Annual report of the Prince of Wales Medical College, Patna
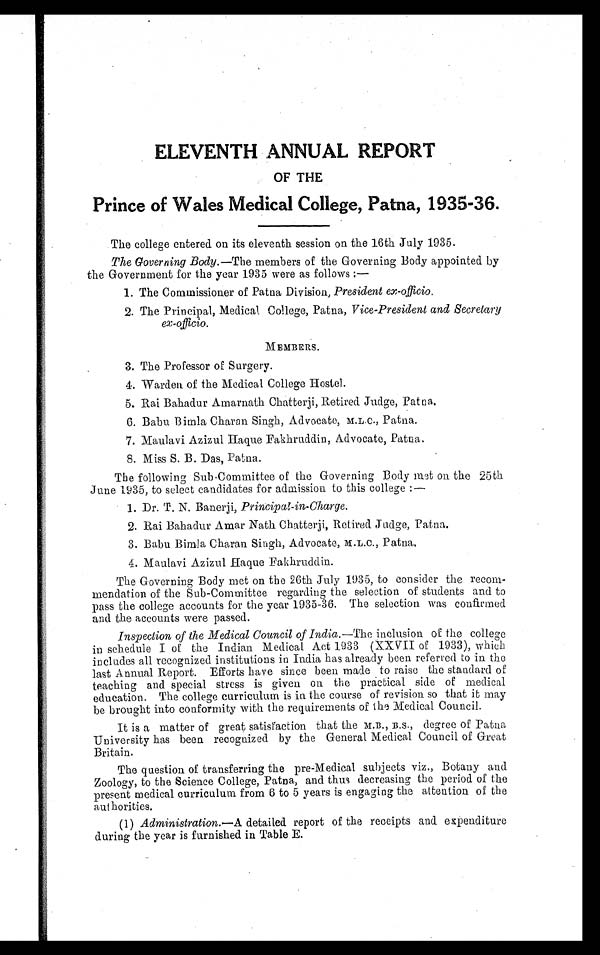
ELEVENTH ANNUAL REPORT
OF THE
Prince of Wales Medical College, Patna, 1935-36.
The college entered on its eleventh session on the 16th July 1935.
The Governing Body .—The members of the Governing Body appointed by
the Government for the year 1935 were as follows:—
1. The Commissioner of Patna Division, President ex-officio.
2. The Principal, Medical College, Patna, Vice-President and Secretary
ex-officio.
MEMBERS.
3. The Professor of Surgery.
4. Warden of the Medical College Hostel.
5. Rai Bahadur Amarnath Chatterji, Retired Judge, Patna.
6. Babu Bimla Charan Singh, Advocate, M.L.C., Patna.
7. Maulavi Azizul Haque Fakhruddin, Advocate, Patna.
8. Miss S. B. Das, Patna.
The following Sub-Committee of the Governing Body met on the 25th
June 1935, to select candidates for admission to this college:—
1. Dr. T. N. Banerji, Principal-in-Charge .
2. Rai Bahadur Amar Nath Chatterji, Retired Judge, Patna.
3. Babu Bimla Charan Singh, Advocate, M.L.C., Patna.
4. Maulavi Azizul Haque Fakhruddin.
The Governing Body met on the 26th July 1935, to consider the recom-
mendation of the Sub-Committee regarding the selection of students and to
pass the college accounts for the year 1935-36. The selection was confirmed
and the accounts were passed.
Inspection of the Medical Council of India .—The inclusion of the college
in schedule I of the Indian Medical Act 1933 (XXVII of 1933), which
includes all recognized institutions in India has already been referred to in the
last Annual Report. Efforts have since been made to raise the standard of
teaching and special stress is given on the practical side of medical
education. The college curriculum is in the course of revision so that it may
be brought into conformity with the requirements of the Medical Council.
It is a matter of great satisfaction that the M.B., B.S., degree of Patna
University has been recognized by the General Medical Council of Great
Britain.
The question of transferring the pre-Medical subjects viz., Botany and
Zoology, to the Science College, Patna, and thus decreasing the period of the
present medical curriculum from 6 to 5 years is engaging the attention of the
authorities.
(1) Administration .—A detailed report of the receipts and expenditure
during the year is furnished in Table E.